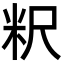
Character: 粎